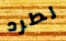
لطرد